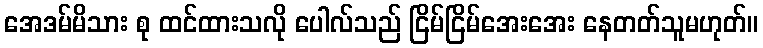
အေဒမ်မိသား စု ထင်ထားသလို ပေါလ်သည် ငြိမ်ငြိမ်အေးအေး နေတတ်သူမဟုတ်။